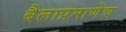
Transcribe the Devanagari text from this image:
बैलाप्रमाणेच